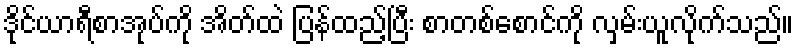
ဒိုင်ယာရီစာအုပ်ကို အိတ်ထဲ ပြန်ထည့်ပြီး စာတစ်စောင်ကို လှမ်းယူလိုက်သည်။